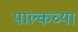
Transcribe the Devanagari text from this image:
पाल्कच्या